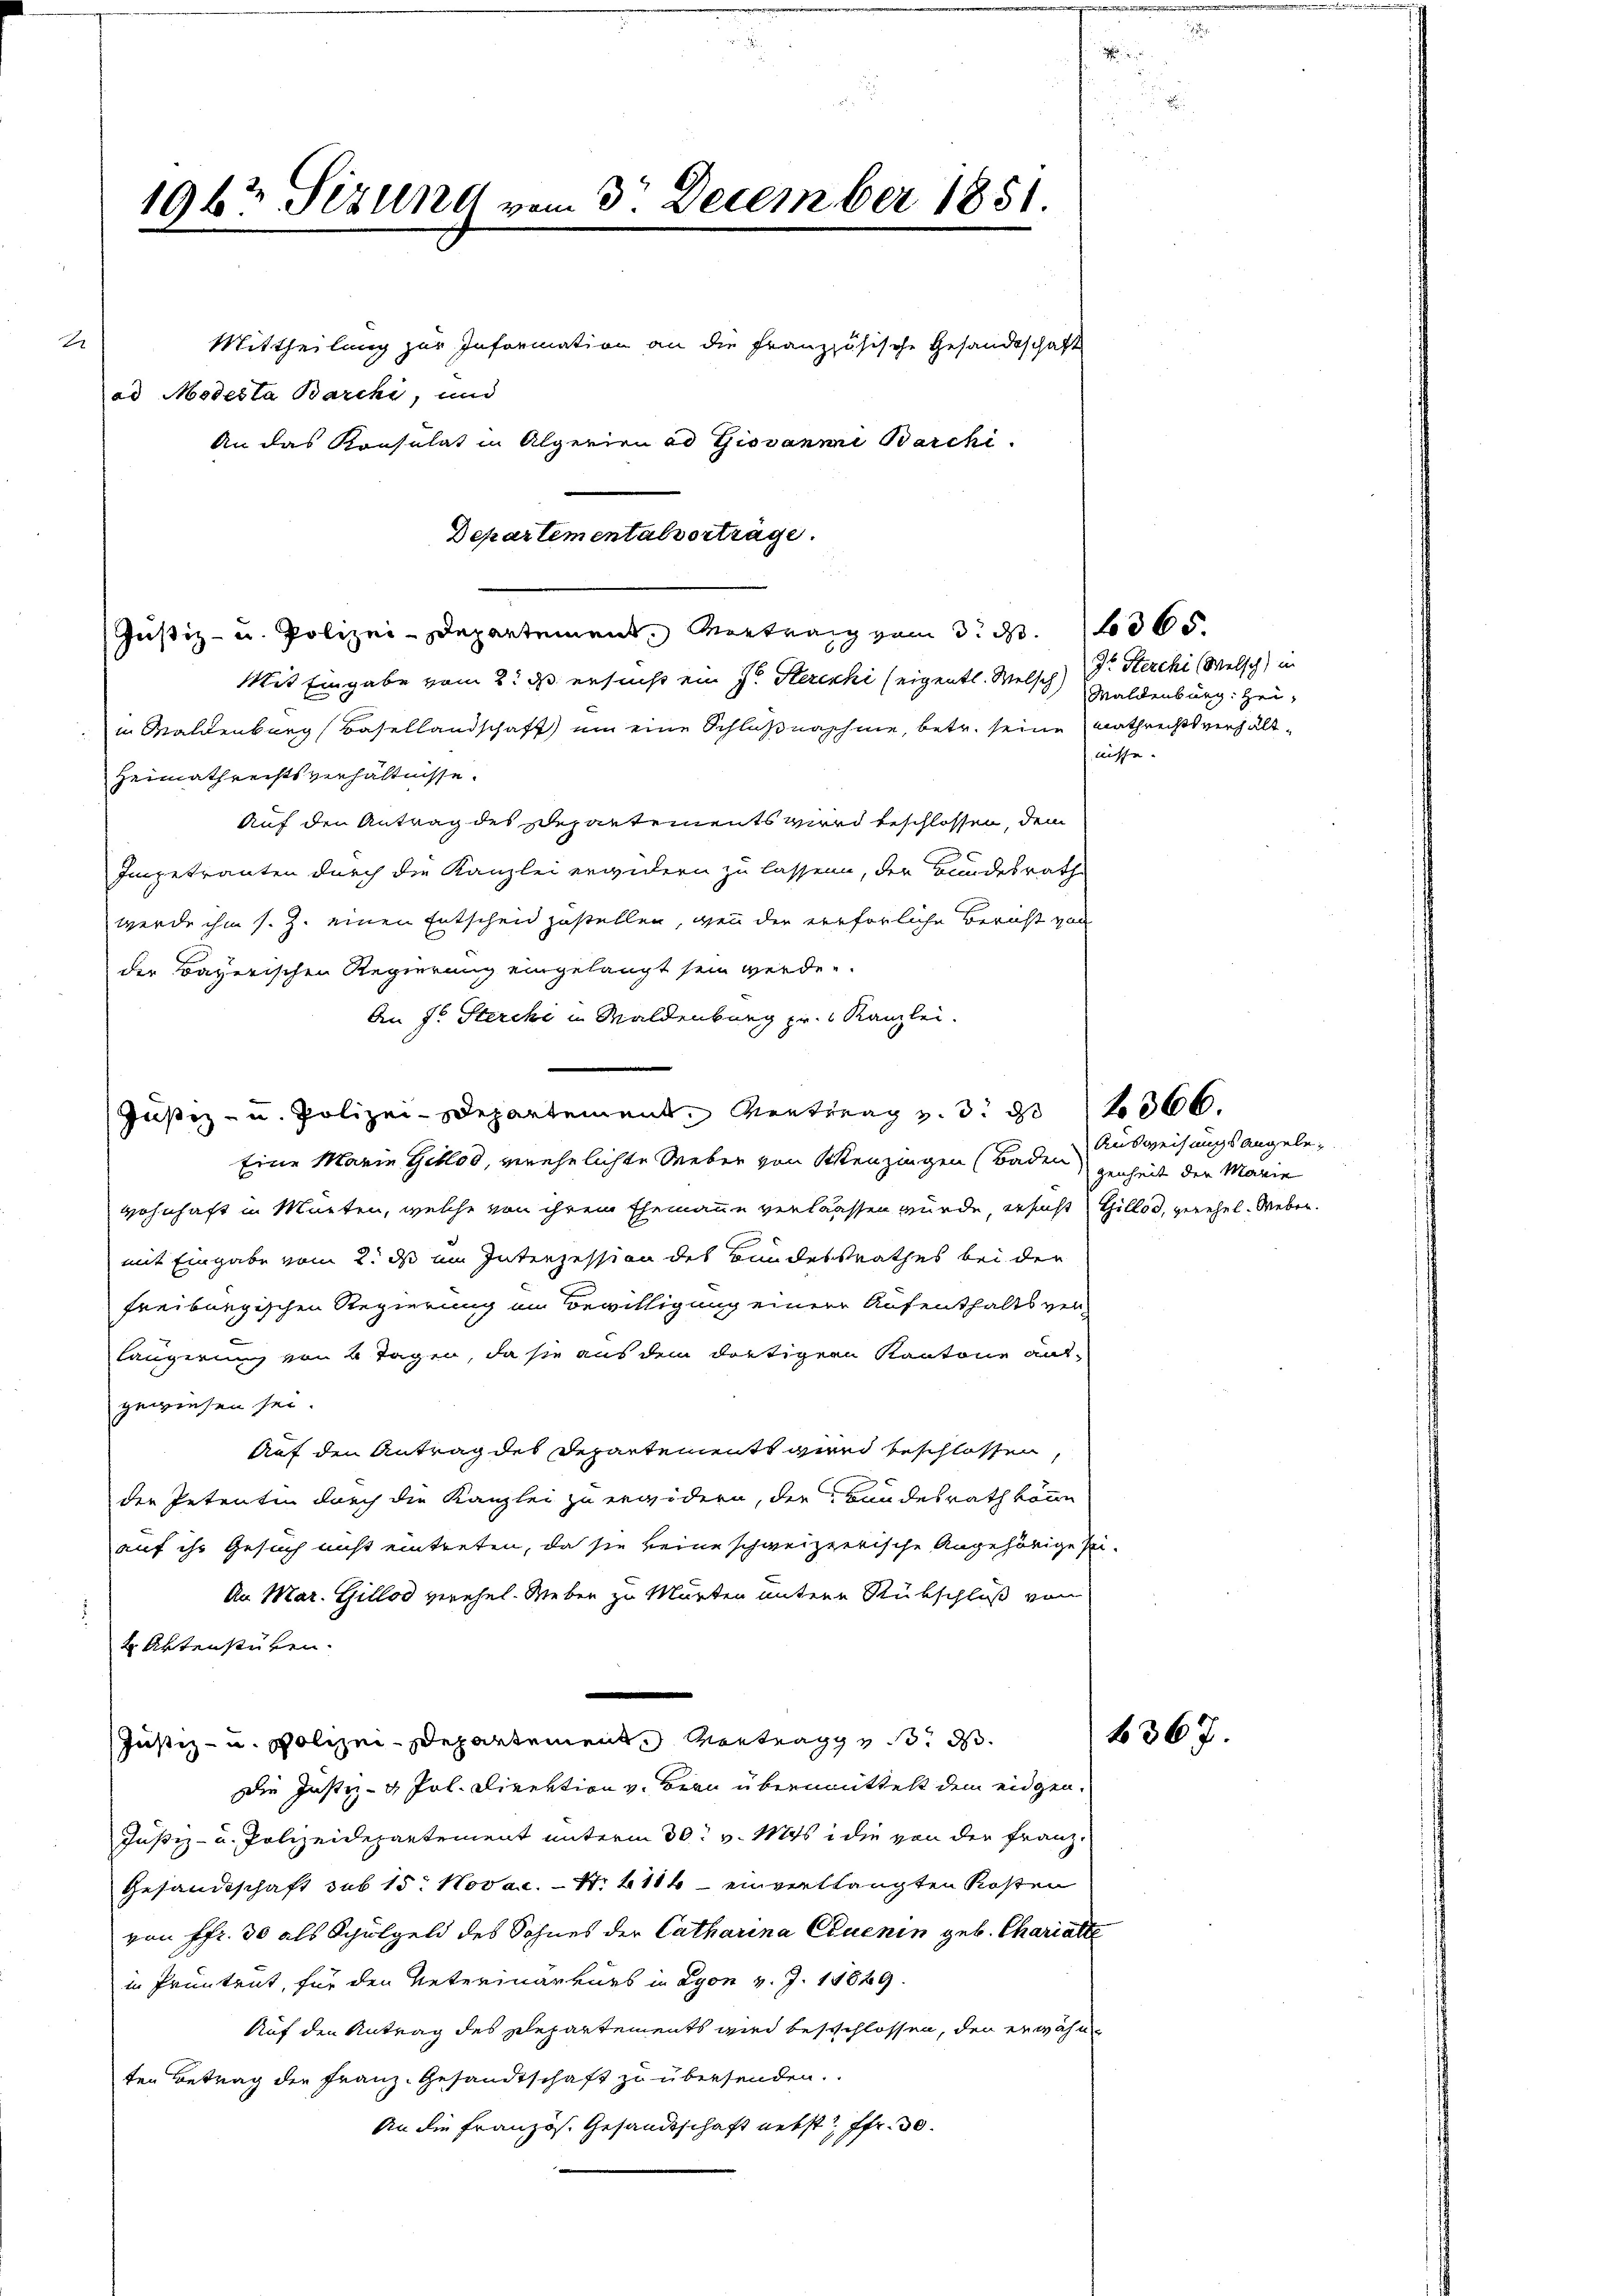
1967 Sitzung vom 3. December 1851.

ad Modesta Barchi, und
Justiz- u. Polizei-Departement, Vortrag vom 3. d
Mit Eingabe vom 2. ds. ersucht ein Dr Herekhi seigentl. Welsch
in Waldenburg, Basellandschaft um eine Schlußnahme, betr. seine mathrechtsverhälte
Heimathrechtsverhältnisse.
Auf den Antrag des Departements wird beschlossen, dem
Imgetrauten durch die Kanzlei erwidern zu lassen, der Bundesrathe
werde ihm s. Z. einen Entscheid zustellen, wenn der verförliche Bericht von
der Bayerischen Regierung eingelangt sein werden.
An St. Sterche in Waldenburg pr. Kanzlei.
Justiz- u. Polizei-Departement. Vertrag v. 3. 366.
Eine Marie Getlod, verehelichte Weber von Menzingen (Baden
wohnhaft in Murten, welche von ihrem Ehemanne verlassen würde, ersucht Gillos, gerehel. Weber.
mit Eingabe vom 2. ds im Interzession des Bundesstrathes bei der
freiburgischen Regierung im Bewilligung einer Aufenthaltsverlängerung von 4 Tagen, da sie aus dem dortigern Kantone auf-
gewiesen sei.
Auf den Antrag des Departements wird beschlossen,
der Petenten durch die Kanzlei zu erwidern, der Bundesrath könn
auf ihr Gesuch nicht eintreten, da sie keine schweizzerische Angehörige sei-
An Mar. Gillod verehel. Weben zu Murten untere Rückschluß von
2 Aktenstücken.
.
Justiz- u. Polizei-Departement Montrag de
Die Justiz- & Pol. Direktion v. Bern übermittelt dem eidgen.
Justiz- u. Polizeidepartement unterm 30. v. Ms. die von der Franz
Gesandtschaft sub 15. Novac. S. 4114 - einverklangten Kosten
von Pfr. 30 als Schulgeld des Sohnes der Catharina Cluenin geb. Charialte
in Pruntrut, für den Unterinarkurs in Lyon v. J. 18849.
Auf den Antrag des Plepartements wird beschlossen, den erwähnten Betrag die Franz- Gesandtschaft zu übersenden.
An die Französ. Gesandtschaft nebst fr. 30.

Mittheilung zur Information an die französische Gesandtschaft
An das Konsulat in Algerien ad Giovanni Barchi
Departementalverträge.

Dr. Sterchi (Welsch) in
Waldenburg: Hei¬

"

Ausweisungsangelegenheit der Marie

367.